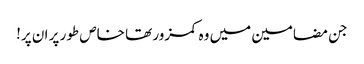
جن مضامین میں وہ کمزور تھا خاص طور پر ان پر!